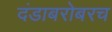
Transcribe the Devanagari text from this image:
दंडाबरोबरच